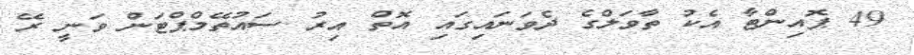
49 ޕޮއިންޓާ އެކު ތާވަލްގެ ދެވަނައިގައި އޮތް އިރު ސައުތޭމްޕްޓަން ވަނީ ރޭ